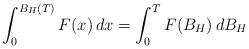
LaTeX: \begin{align*}\int_0^{B_H(T)}F(x)\,dx=\int_0^TF(B_H )\,dB_H \end{align*}